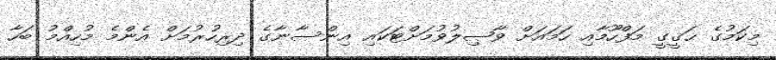
މިކަމުގެ ޙަޤީގީ މަފްހޫމާއި ހަމައަށް ވާޞިލުވުމަށްޓަކައި އިންސާނާގެ ދިރިހުރުމަށް އެންމެ މުހިއްމު ބަހާ